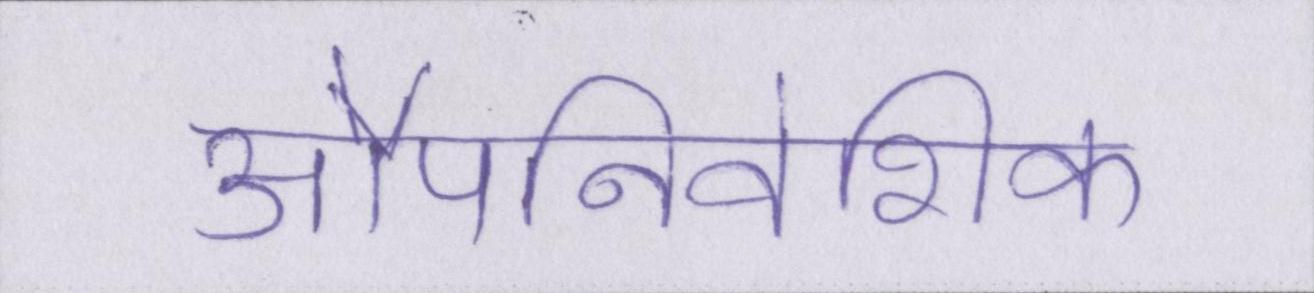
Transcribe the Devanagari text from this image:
औपनिवेशिक